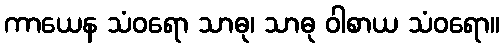
ကာယေန သံဝရော သာဓု၊ သာဓု ဝါစာယ သံဝရော။